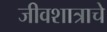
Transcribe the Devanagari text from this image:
जीवशात्राचे